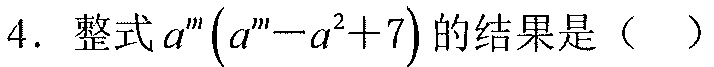
4. 整式\(a^{m}(a^{m}-a^{2}+7)\)的结果是（  ）